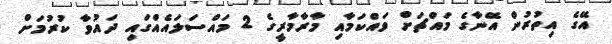
އޭގެ އިތުރުން އޭނާގެ މައްޗަށް ވައްކަމާއި މާރާމާރީގެ 2 މައްސަލައެއްގައި ދައުވާ ކުރުމަށް